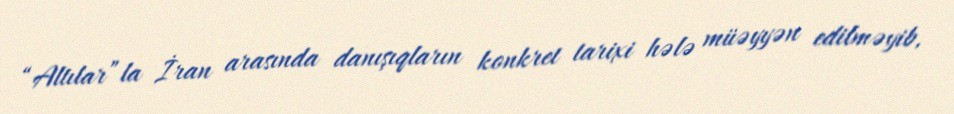
“Altılar”la İran arasında danışıqların konkret tarixi hələ müəyyən edilməyib,